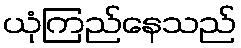
ယုံကြည်နေသည်